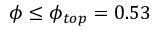
\phi \le \phi _ { t o p } = 0 . 5 3